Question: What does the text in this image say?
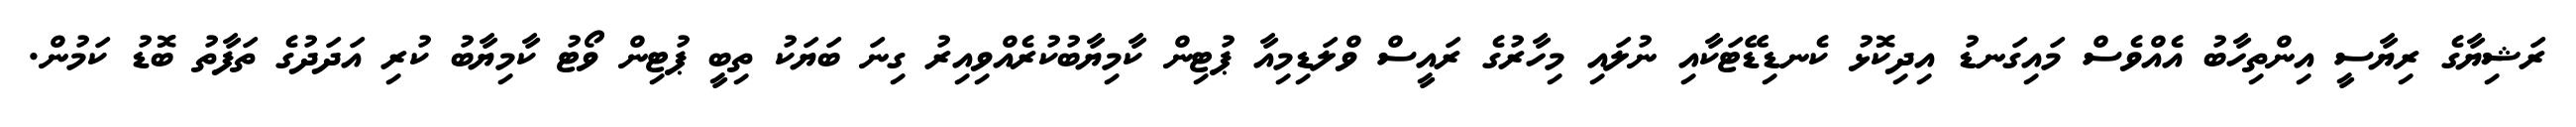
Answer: ރަޝިޔާގެ ރިޔާސީ އިންތިހާބު އެއްވެސް މައިގަނޑު އިދިކޮޅު ކެނޑިޑޭޓަކާއި ނުލައި މިހާރުގެ ރައީސް ވްލަޑިމިއާ ޕުޓިން ކާމިޔާބުކުރެއްވިއިރު ގިނަ ބަޔަކު ތިބީ ޕުޓިން ވޯޓު ކާމިޔާބު ކުރި އަދަދުގެ ތަފާތު ބޮޑު ކަމުން.